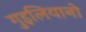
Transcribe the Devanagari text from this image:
गुइलियानो